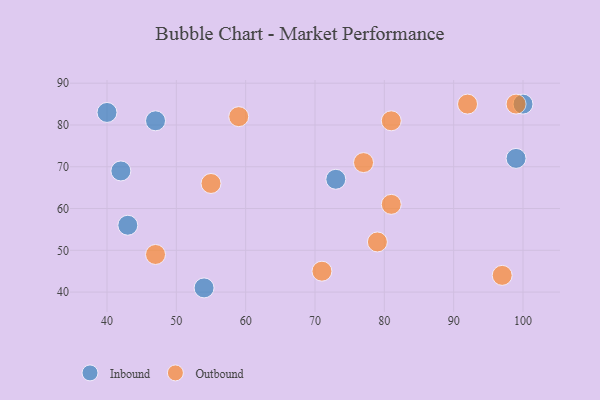
{"axis": {"x": "GDP", "y": "Life Expectancy"}, "legend": ["Inbound", "Outbound"], "data": [{"x": "47", "y": 81, "type": "Inbound"}, {"x": "99", "y": 72, "type": "Inbound"}, {"x": "54", "y": 41, "type": "Inbound"}, {"x": "100", "y": 85, "type": "Inbound"}, {"x": "42", "y": 69, "type": "Inbound"}, {"x": "73", "y": 67, "type": "Inbound"}, {"x": "43", "y": 56, "type": "Inbound"}, {"x": "40", "y": 83, "type": "Inbound"}, {"x": "81", "y": 81, "type": "Outbound"}, {"x": "99", "y": 85, "type": "Outbound"}, {"x": "79", "y": 52, "type": "Outbound"}, {"x": "97", "y": 44, "type": "Outbound"}, {"x": "81", "y": 61, "type": "Outbound"}, {"x": "47", "y": 49, "type": "Outbound"}, {"x": "92", "y": 85, "type": "Outbound"}, {"x": "59", "y": 82, "type": "Outbound"}, {"x": "55", "y": 66, "type": "Outbound"}, {"x": "77", "y": 71, "type": "Outbound"}, {"x": "71", "y": 45, "type": "Outbound"}]}